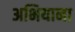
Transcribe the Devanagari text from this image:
अभियाना